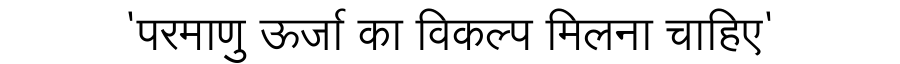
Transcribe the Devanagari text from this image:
'परमाणु ऊर्जा का विकल्प मिलना चाहिए'